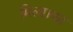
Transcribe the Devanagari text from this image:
मिला।वह